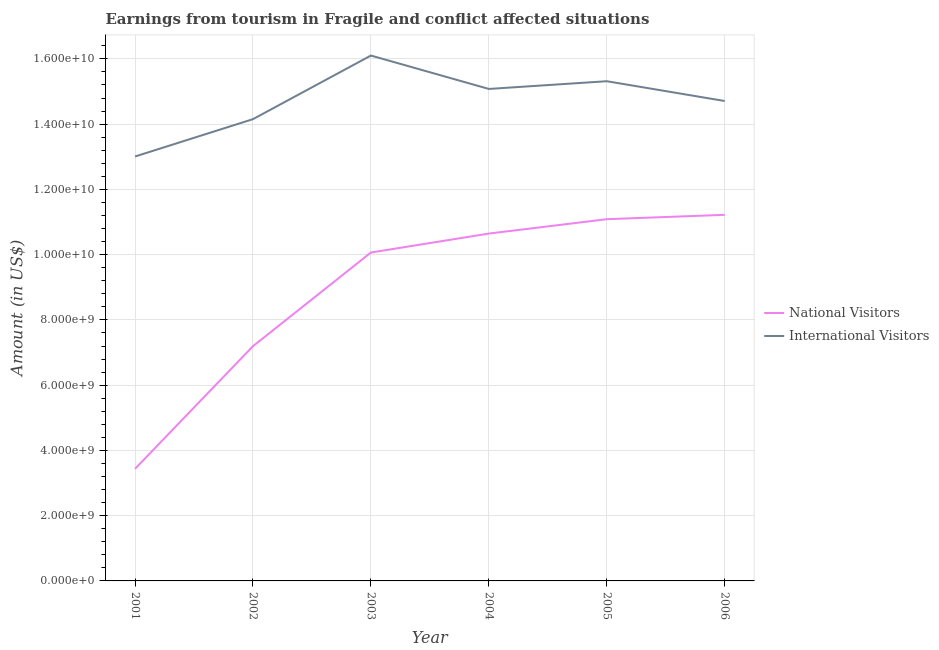
| Year | National Visitors | International Visitors |
 | --- | --- | --- |
 | 2001 | 3.44e+09 | 1.3e+10 |
 | 2002 | 7.19e+09 | 1.42e+10 |
 | 2003 | 1.01e+10 | 1.61e+10 |
 | 2004 | 1.06e+10 | 1.51e+10 |
 | 2005 | 1.11e+10 | 1.53e+10 |
 | 2006 | 1.12e+10 | 1.47e+10 |